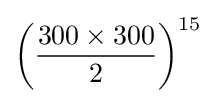
\left({\frac {300\times 300}{2}}\right)^{15}